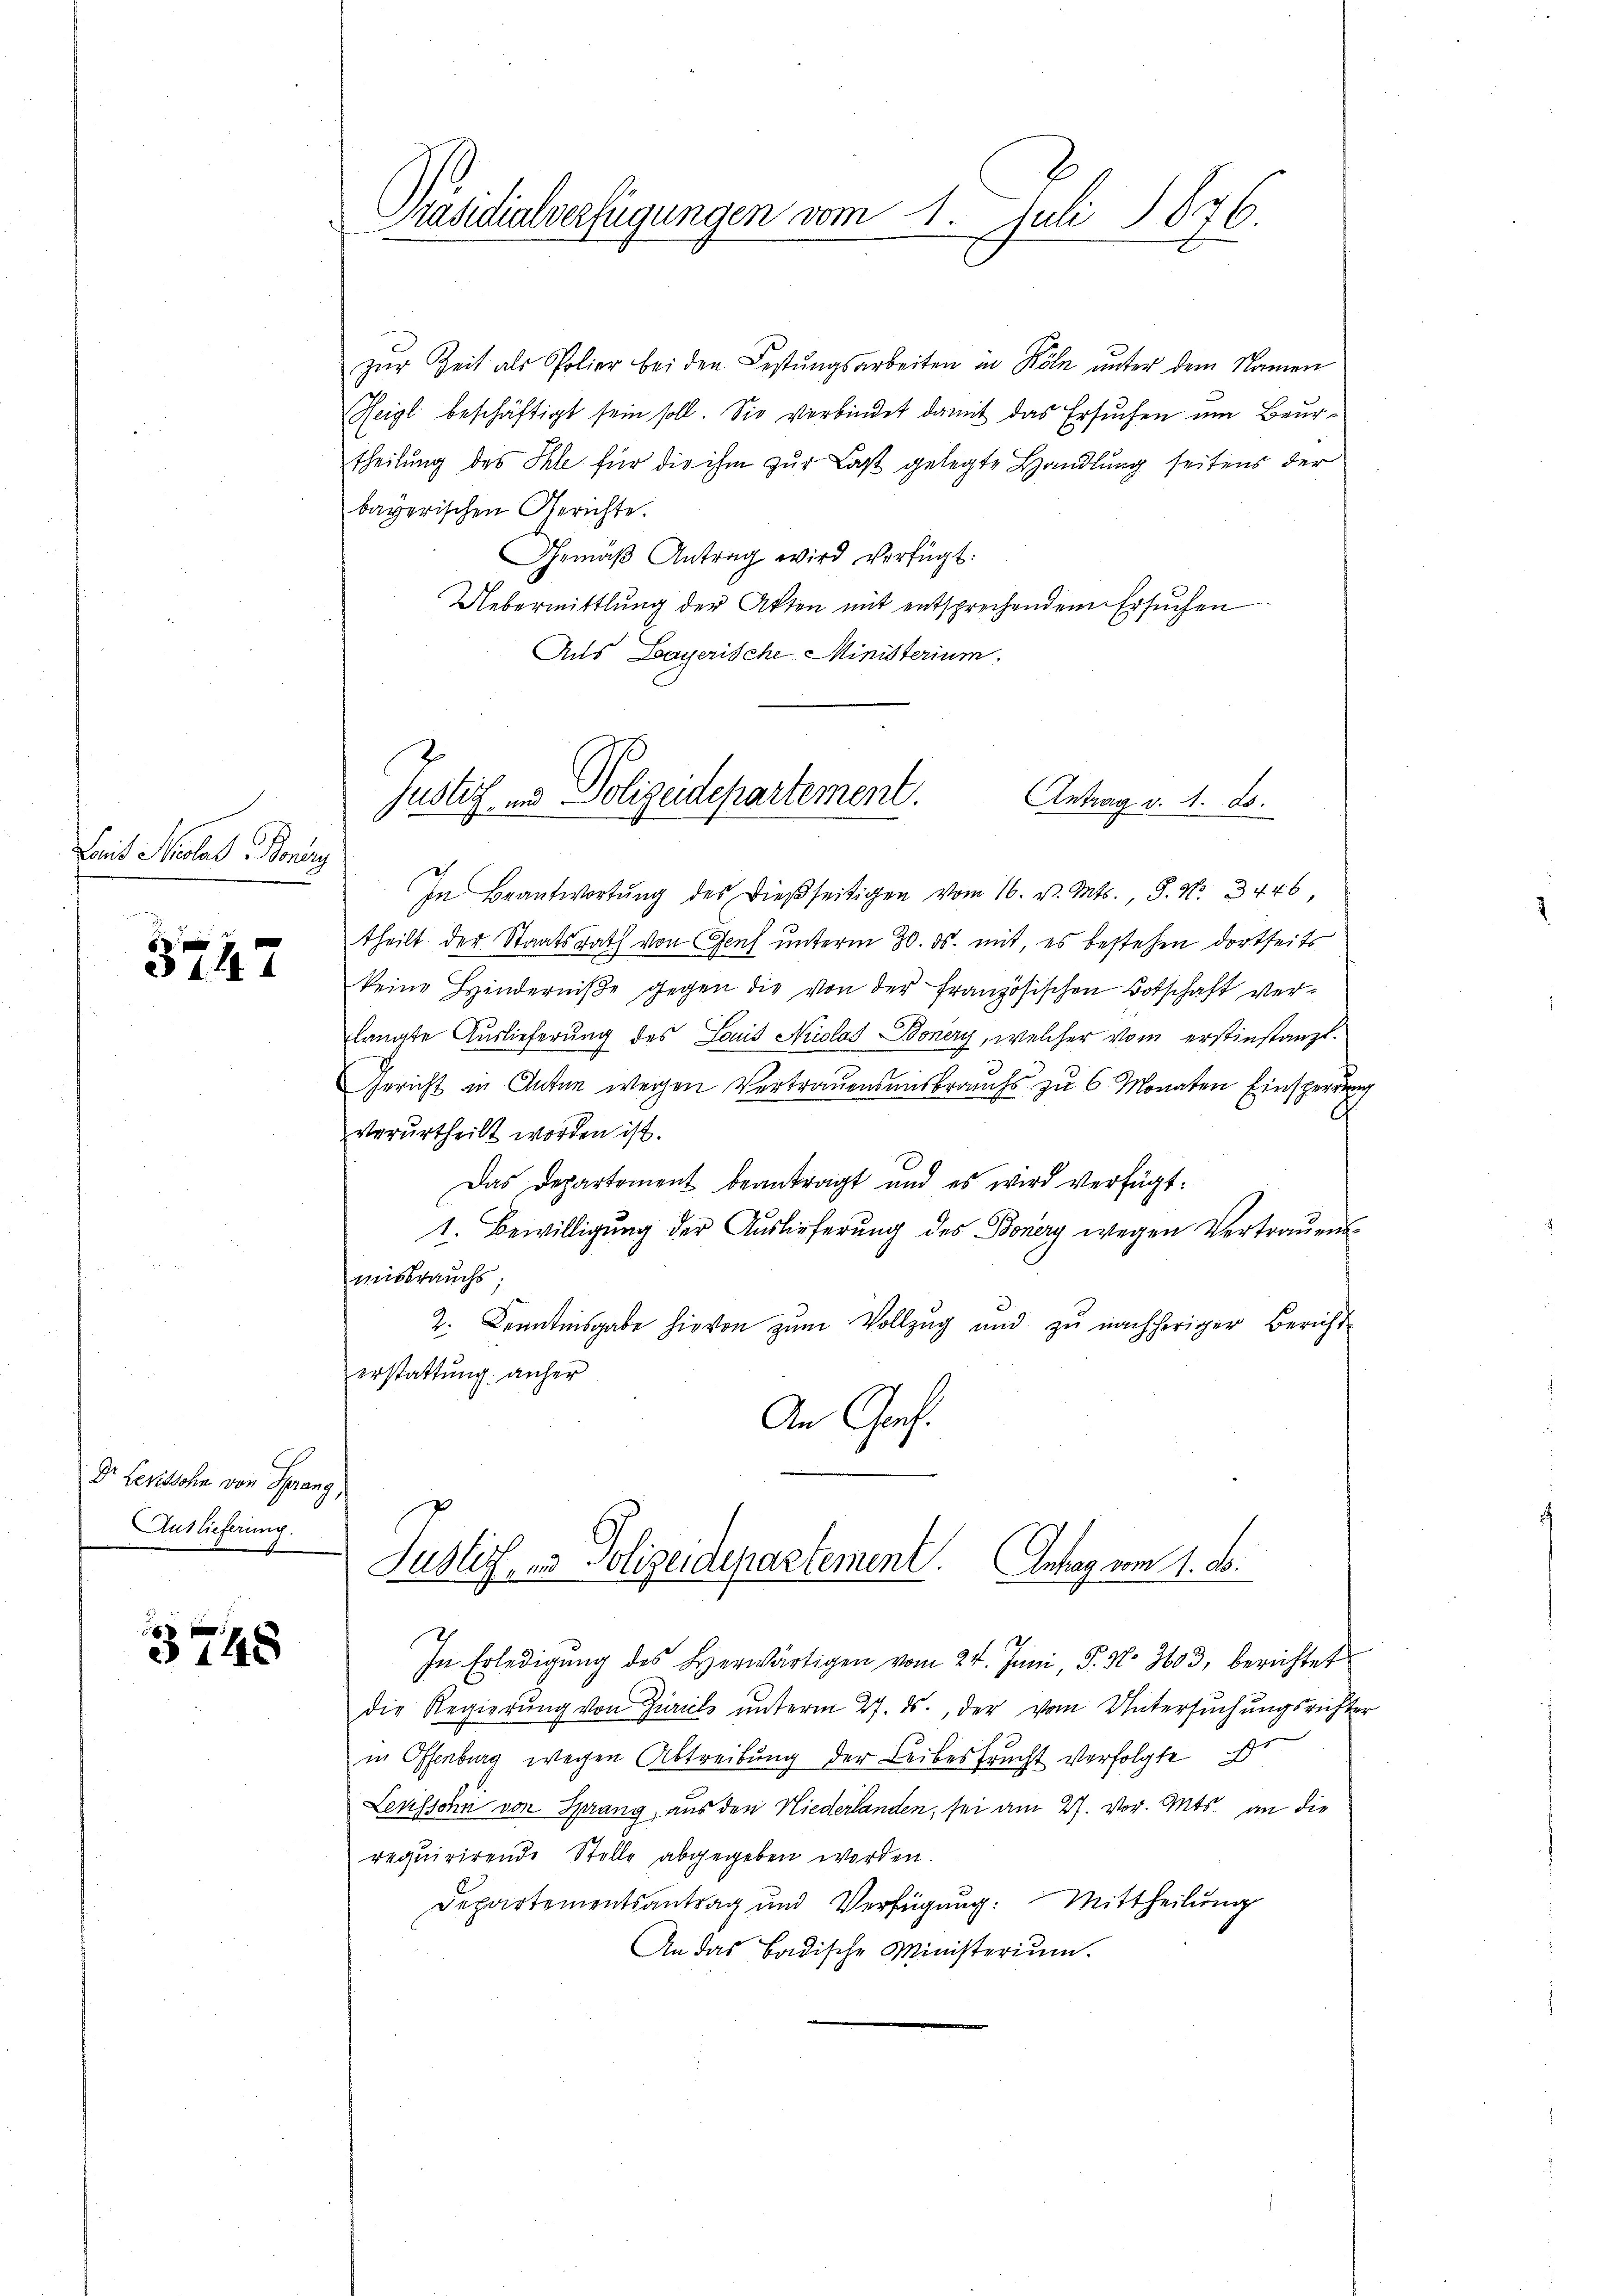
Zeit Nicolas Bondry

3747

Dr Levissohn von Spran
Auslieferung.

3748

Präsidialverfügungen vom 1. Juli 1876.

zur Zeit als Polier bei den Festungsarbeiten in Köln unter dem Namen
Reigl beschäftigt sein soll. Sie verbindet damit das Ersuchen um Beurtheilung des Ihle für die ihm zur Last gelegte Handlung seitens der
bayerischen Gerichte.
Gemäβ Antrag wird verfügt:
Uebermittlung der Akten mit entsprechendem Ersuchen
Aus Bayerische Ministerium.
In Beantwortŭng des dießseitigen vom 16. v. Mts., S. Nr. 446
theilt der Staatsrath von Genf unterm 30. ds. mit, es bestehen dortseits
keine Hinderniβe gegen die von der französischen Botschaft verlangte Auslieferung des Louis Nicolas Bonery, welcher vom erstinstanzt.
Gericht in Anton wegen Vertrauensausbrauchs zu 6 Monaten Einsperrun
.
verurtheilt worden ist.
Das Departement beantragt und es wird verfügt:
1. Bewilligung der Auslieferung des Bonery wegen Vertrauensmisbrauchs,
2. Kenntnisgabe hievon zŭm Vollzug und zŭ nachheriger Bericht
erstattung anher
An Graf.
7
Justiz, in Polizeidepartement. Antrag vom 1. ds.
In Erledigung des Herwärtigen vom 24. Juni, P. No. 3603, berichtet
die Regierŭng von Zürich ŭnterm 27. ds., der vom Untersŭchŭngsricht
in Offenburg wegen Abtreibung der Leibesfrucht verfolgte
Leussohn von Sprang, aus den Niederlanden, sei am 27. vor. Mts. an die
requirirende Stelle abgegeben werden.
Departementsantrag und Verfügung: Mittheilung
An das Badische Ministerium.

Justiz - Polizeidepartement.
Antrag v. M. D.